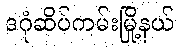
ဒဂုံဆိပ်ကမ်းမြို့နယ်